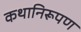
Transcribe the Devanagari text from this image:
कथानिरूपण